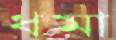
ধমা